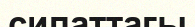
сипаттагы